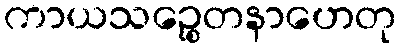
ကာယသဉ္စေတနာဟေတု